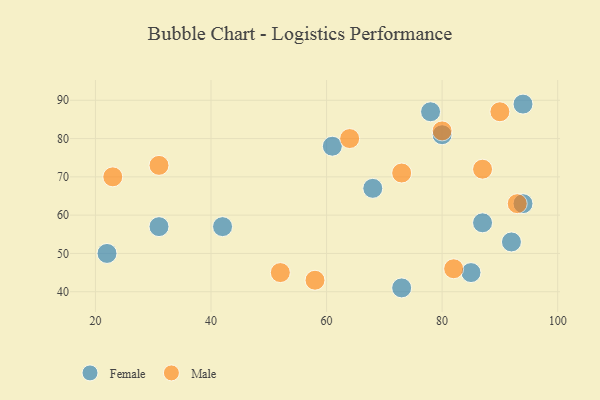
{"axis": {"x": "GDP", "y": "Life Expectancy"}, "legend": ["Female", "Male"], "data": [{"x": "78", "y": 87, "type": "Female"}, {"x": "61", "y": 78, "type": "Female"}, {"x": "92", "y": 53, "type": "Female"}, {"x": "22", "y": 50, "type": "Female"}, {"x": "94", "y": 63, "type": "Female"}, {"x": "80", "y": 81, "type": "Female"}, {"x": "94", "y": 89, "type": "Female"}, {"x": "31", "y": 57, "type": "Female"}, {"x": "42", "y": 57, "type": "Female"}, {"x": "68", "y": 67, "type": "Female"}, {"x": "87", "y": 58, "type": "Female"}, {"x": "73", "y": 41, "type": "Female"}, {"x": "85", "y": 45, "type": "Female"}, {"x": "73", "y": 71, "type": "Male"}, {"x": "52", "y": 45, "type": "Male"}, {"x": "93", "y": 63, "type": "Male"}, {"x": "80", "y": 82, "type": "Male"}, {"x": "64", "y": 80, "type": "Male"}, {"x": "23", "y": 70, "type": "Male"}, {"x": "31", "y": 73, "type": "Male"}, {"x": "87", "y": 72, "type": "Male"}, {"x": "58", "y": 43, "type": "Male"}, {"x": "90", "y": 87, "type": "Male"}, {"x": "82", "y": 46, "type": "Male"}]}